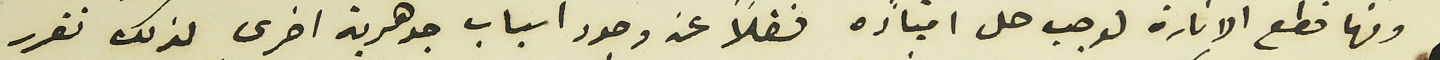
ومنها قطع الانارة لوجب حل امتيازه فضلاً عن وجود اسباب جوهرية اخرى لذلك تقرر